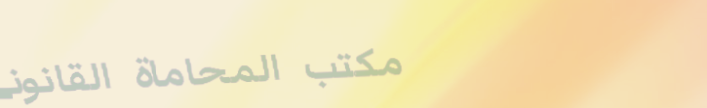
مكتب المحاماة القانوني